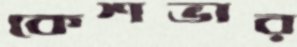
কেশভার